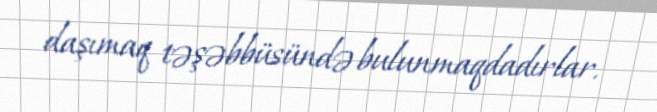
daşımaq təşəbbüsündə bulunmaqdadırlar.